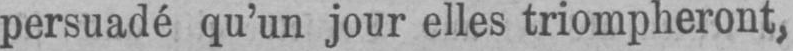
persuadé qu’un jour elles triompheront,